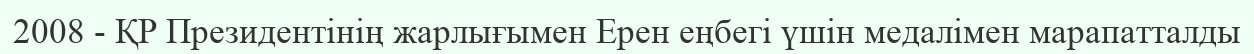
2008 - ҚР Президентінің жарлығымен Ерен еңбегі үшін медалімен марапатталды